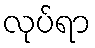
လုပ်ရာ